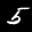
Label: 5